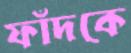
ফাঁদকে